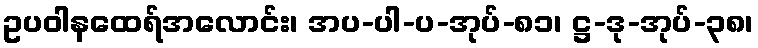
ဥပဝါနထေရ်အလောင်း၊ အပ-ပါ-ပ-အုပ်-၈၁၊ ဋ္ဌ-ဒု-အုပ်-၃၈၊